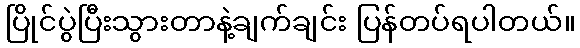
ပြိုင်ပွဲပြီးသွားတာနဲ့ချက်ချင်း ပြန်တပ်ရပါတယ်။